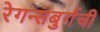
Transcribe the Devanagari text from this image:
रेगन्सबुर्गची